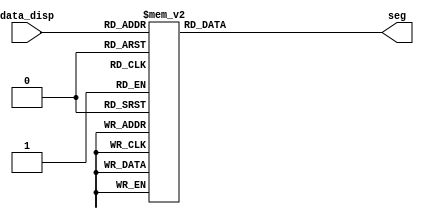
module seg_decoder(data_disp,seg);
    input [3:0] data_disp;
    output reg [7:0] seg;
    //
    always@(data_disp)
        case(data_disp)
            4'h0 : seg = 8'h3f;
            4'h1 : seg = 8'h06;
            4'h2 : seg = 8'h5b;
            4'h3 : seg = 8'h4f;
            4'h4 : seg = 8'h66;
            4'h5 : seg = 8'h6d;
            4'h6 : seg = 8'h7d;
            4'h7 : seg = 8'h07;
            4'h8 : seg = 8'h7f;
            4'h9 : seg = 8'h6f;
            4'ha : seg = 8'h77;
            4'hb : seg = 8'h7c;
            4'hc : seg = 8'h39;
            4'hd : seg = 8'h5e;
            4'he : seg = 8'h79;
            4'hf : seg = 8'h71;
        endcase
endmodule